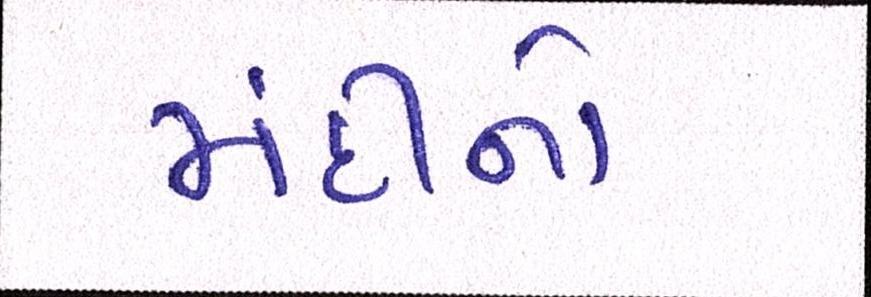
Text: મંદીનો